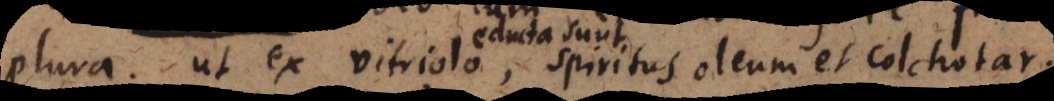
plura. Ut ex vitriolo, spiritus oleum et colchotar.